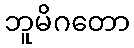
ဘူမိဂတော